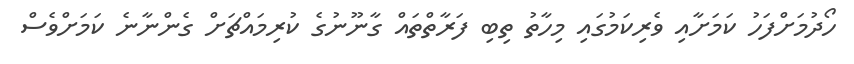
ހޯދުމަށްފަހު ކަމަށާއި ވެރިކަމުގައި މިހާތު ތިބި ފަރާތްތައް ގާނޫނުގެ ކުރިމައްޗަށް ގެންނާނެ ކަމަށްވެސް